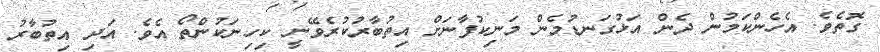
ގޮތެވެ. އެހެންކަމުން ދެން އަޅުގަނޑުމެން މަނިކުފާނަށް އިތުބާރުކުރެވޭނީ ކިހިނަކުންތޯ އެވެ. އަދި އިތުބާރު